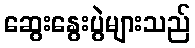
ဆွေးနွေးပွဲများသည်